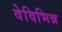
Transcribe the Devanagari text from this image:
वेविभिन्न